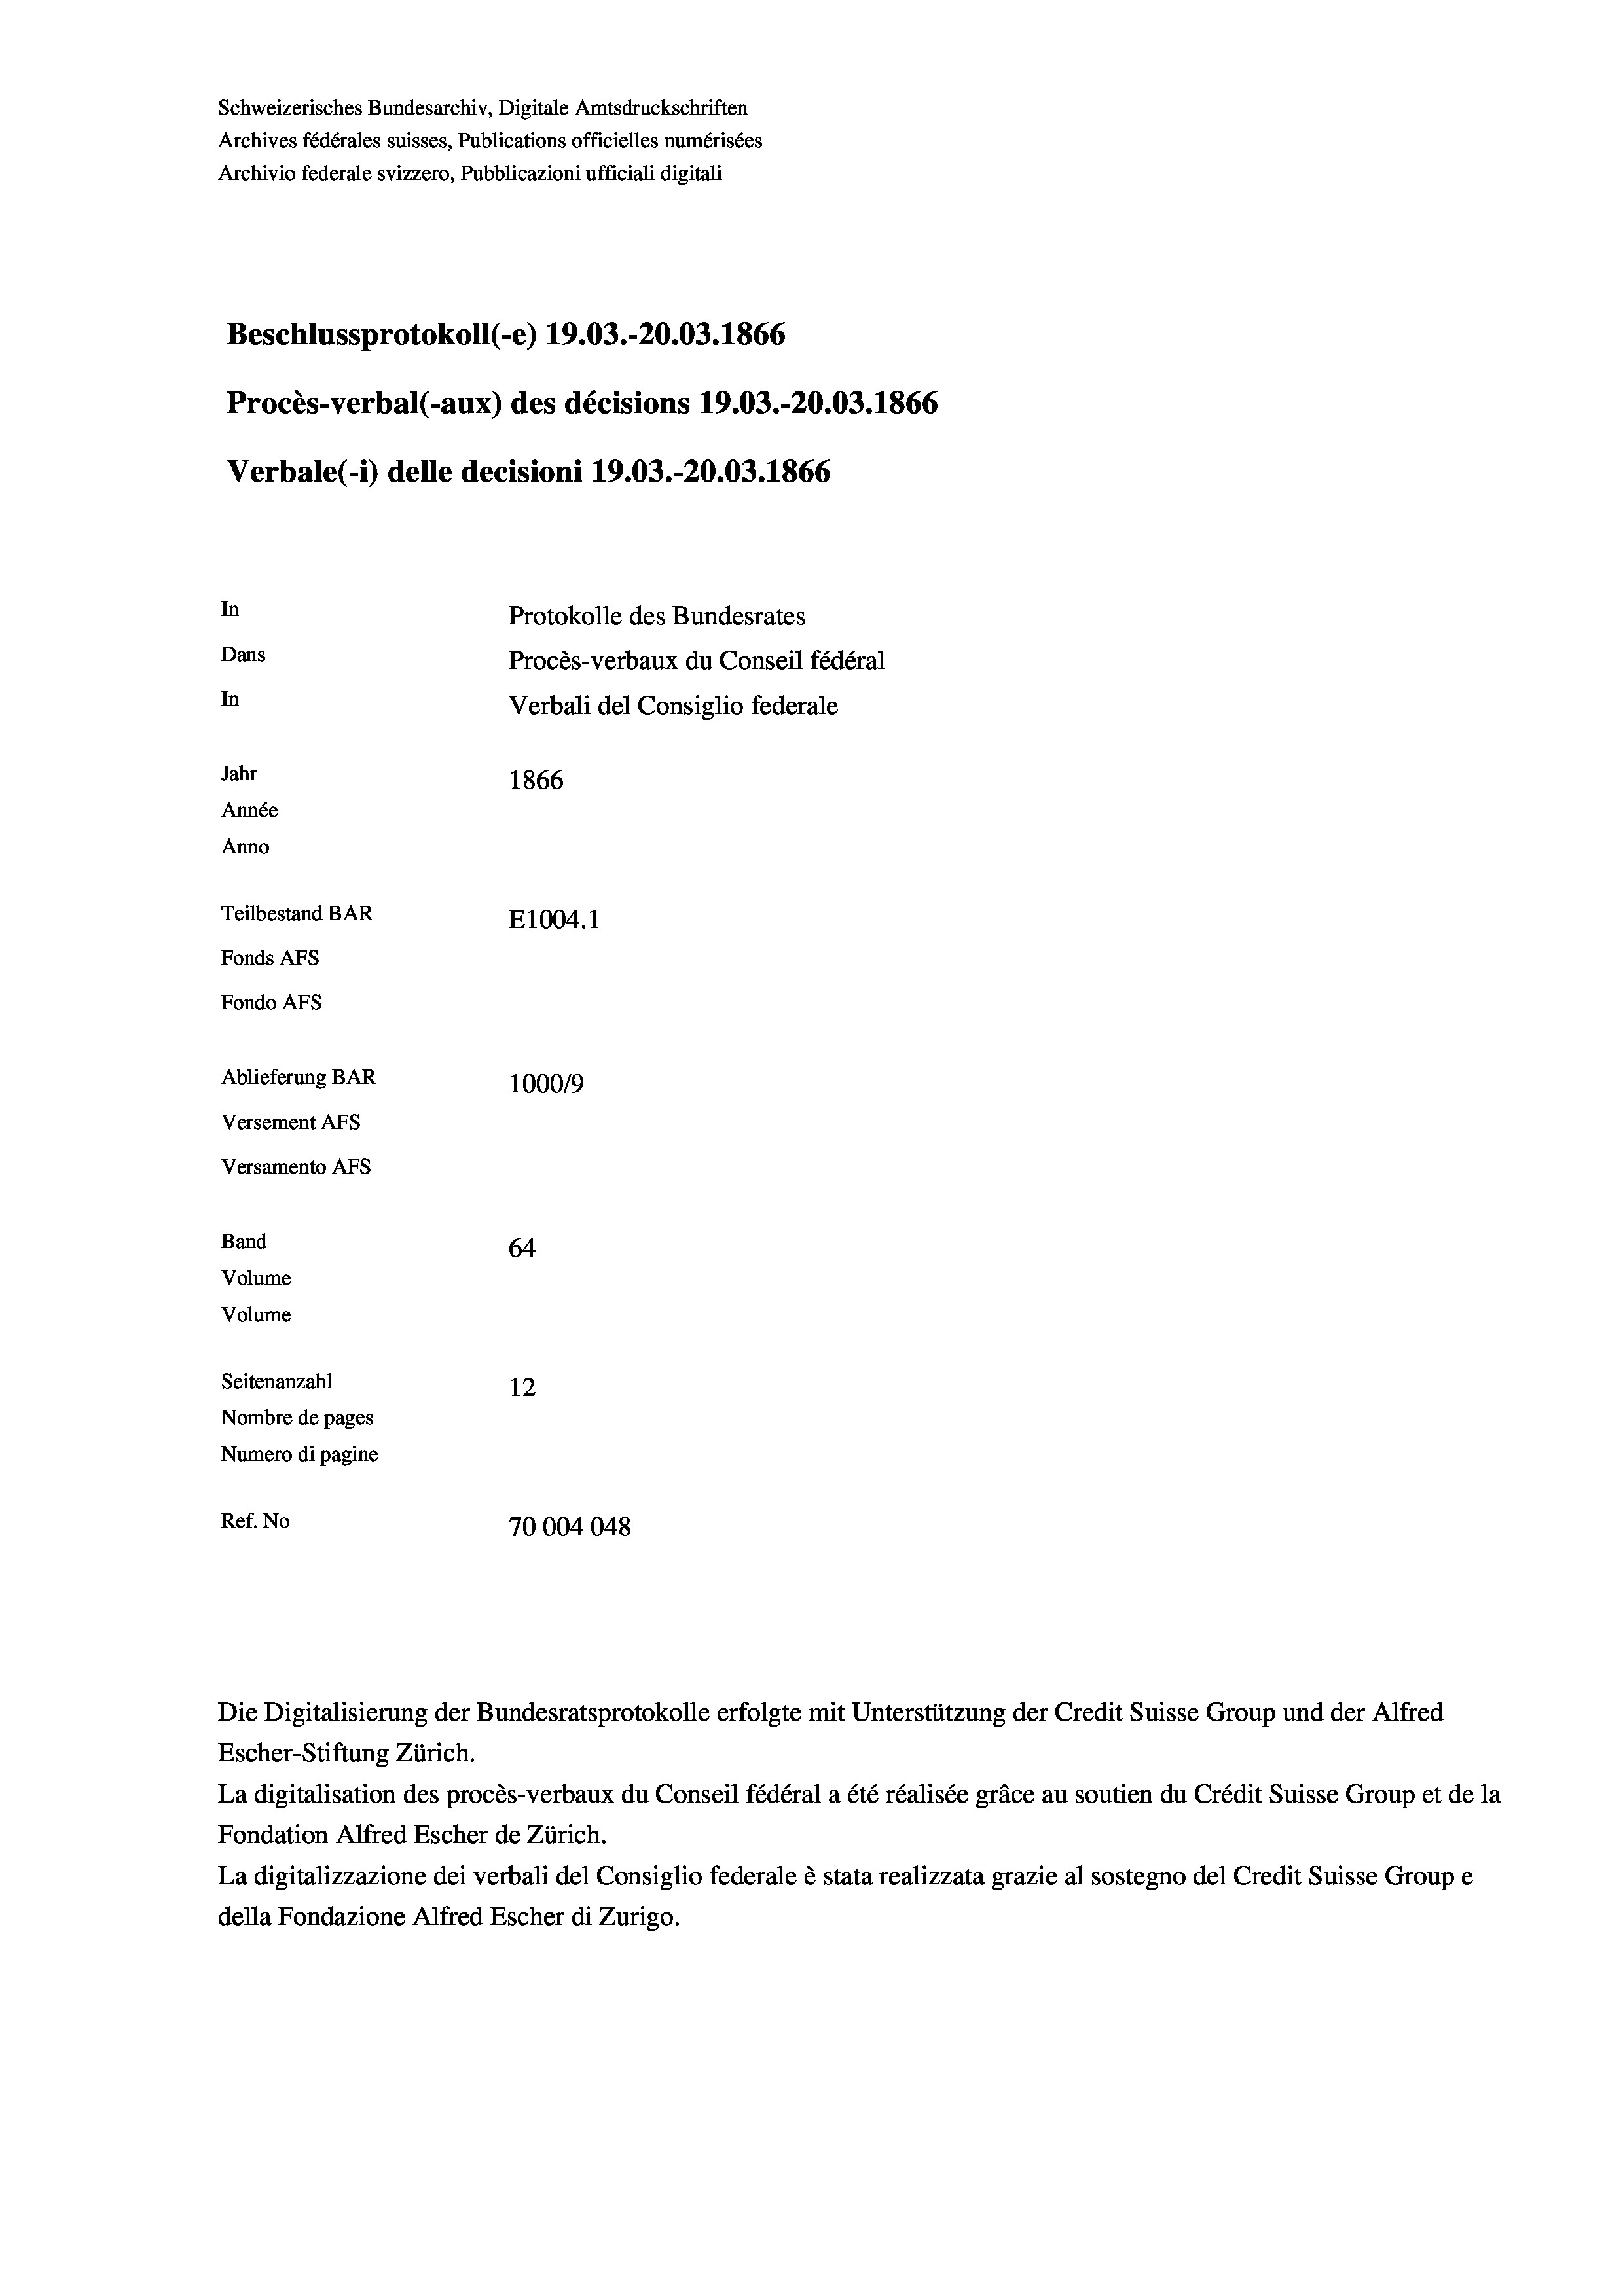
Schweizerisches Bundesarchiv, Digitale Amtsdruckschriften
Archives fédérales suisses, Publications officielles numérisées
Archivio federale svizzero, Pubblicazioni ufficiali digitali
Beschlussprotokoll (-e) 19.03.-20.03. 1866
Procès-verbal (-aux) des décisions 19.03.-20.03. 1866
Verbale(*) delle decisioni 19.03.-20.03. 1866
In
Protokolle des Bundesrates
Dans
Procès-verbaux du Conseil fédéral
In
Verbali del Consiglio federale
Jahr
1866
Année
Anno
Teilbestand BAR
E1004.1
Fonds AFs
Fondo Afs
Ablieferung BAR
100019
Versement AFs
Versamento Afs

64
Seitenanzahl
12
Nombre de pages
Numero di pagine
Ref. No
70004048

Band

Volume
Volume

Escher-Stiftung Zürich.
La digitalisation des procès-verbaux du Conseil fédéral a été réalisée gräce au soutien du Crédit Suisse Group et de la
Fondation Alfred Escher de Zürich.
La digitalizzazione dei verbali del Consiglio federale è stata realizzata grazie al sostegno del Credit Suisse Groupe
della Fondazione Alfred Escher di Zurigo.

Die Digitalisierung der Bundesratsprotokolle erfolgte mit Unterstützung der Credit Suisse Group und der Alfred